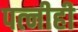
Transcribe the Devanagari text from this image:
पत्‍नीही